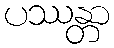
ပဿန္တာ